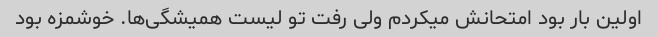
اولین بار بود امتحانش میکردم ولی رفت تو لیست همیشگی‌ها. خوشمزه بود